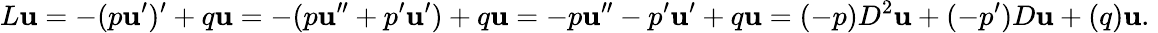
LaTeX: L\mathbf{u}=-(p\mathbf{u}^{\prime})^{\prime}+q\mathbf{u}=-(p\mathbf{u}^{\prime\prime}+p^{\prime}\mathbf{u}^{\prime})+q\mathbf{u}=-p\mathbf{u}^{\prime\prime}-p^{\prime}\mathbf{u}^{\prime}+q\mathbf{u}=(-p)D^{2}\mathbf{u}+(-p^{\prime})D\mathbf{u}+(q)\mathbf{u}.\;